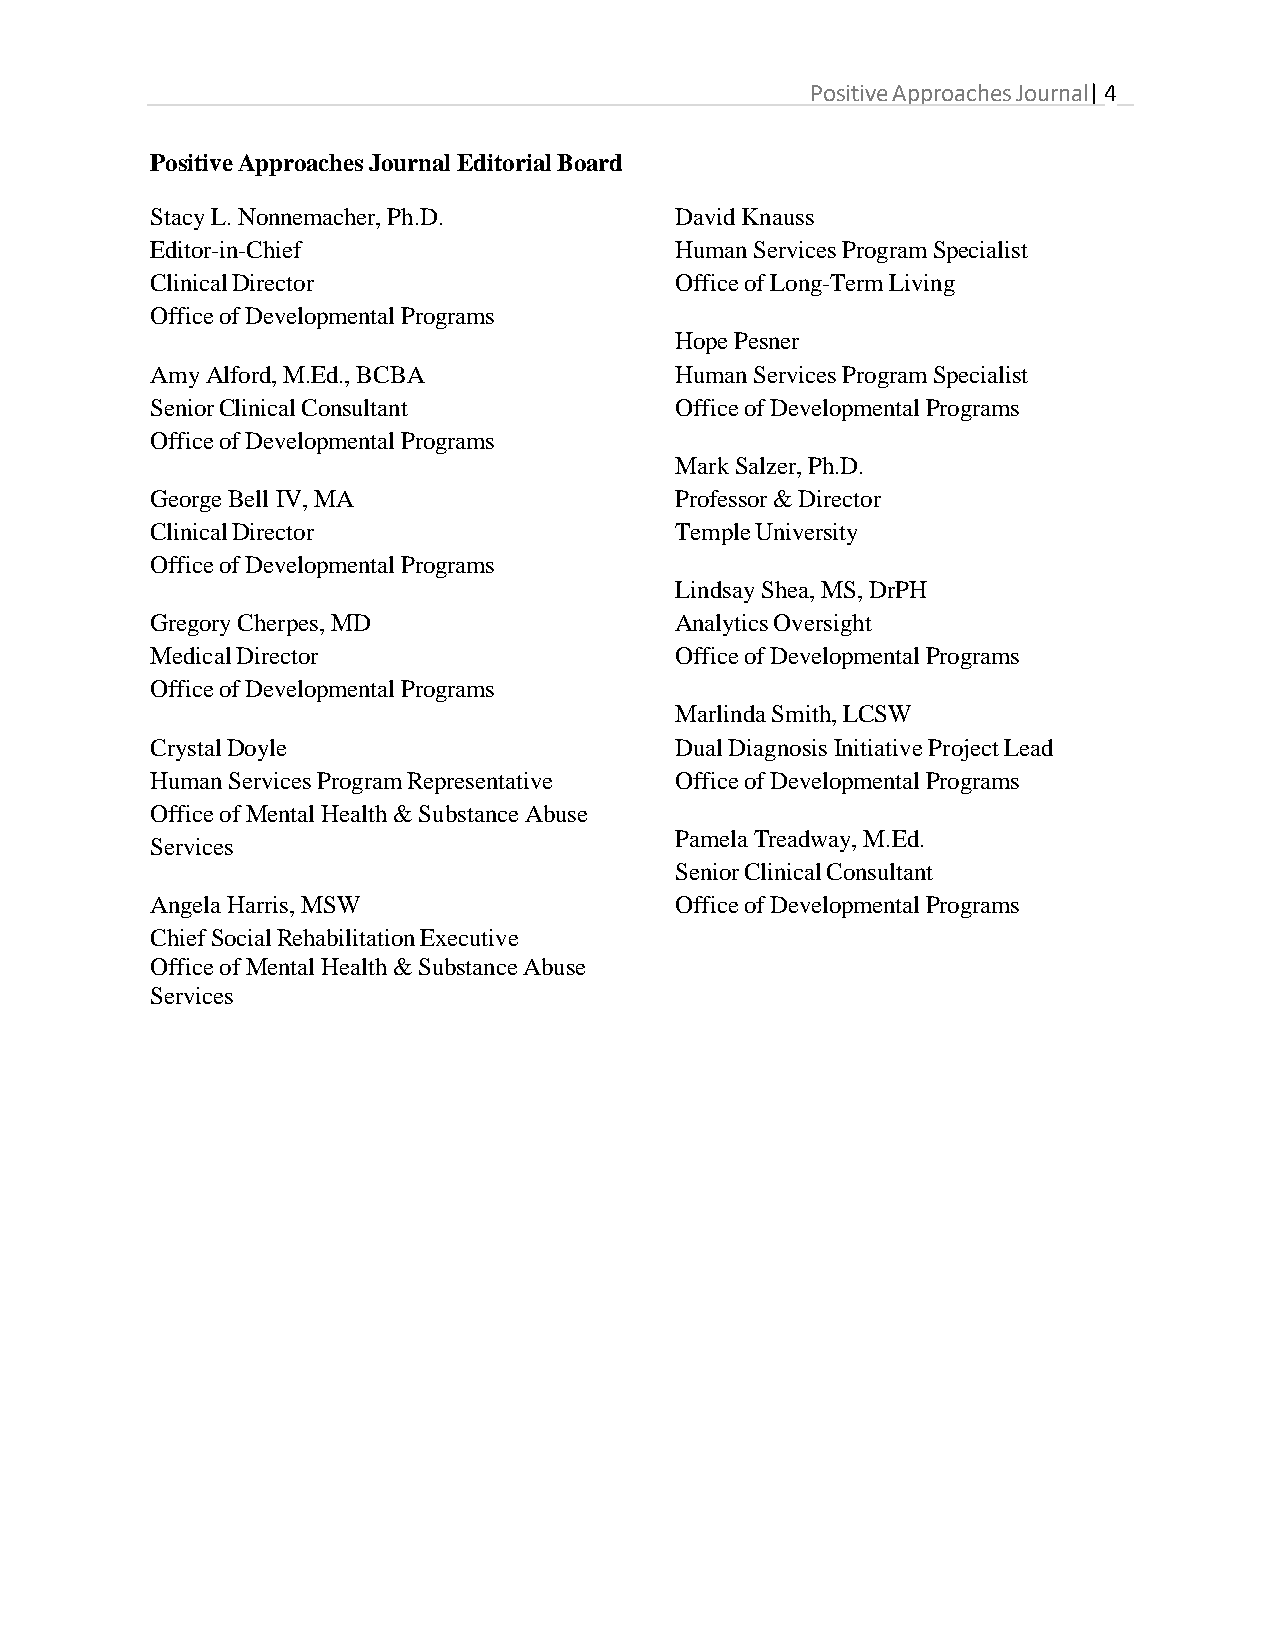
Positive Approaches Journal| 4
 Positive Approaches Journal Editorial Board
 Stacy L. Nonnemacher, Ph.D.        David Knauss
 Editor-in-Chief                    Human Services Program Specialist
 Clinical Director                  Office of Long-Term Living
 Office of Developmental Programs
 Hope Pesner
 Amy Alford, M.Ed., BCBA            Human Services Program Specialist
 Senior Clinical Consultant         Office of Developmental Programs
 Office of Developmental Programs
 Mark Salzer, Ph.D.
 George Bell IV, MA                 Professor & Director
 Clinical Director                  Temple University
 Office of Developmental Programs
 Lindsay Shea, MS, DrPH
 Gregory Cherpes, MD                Analytics Oversight
 Medical Director                   Office of Developmental Programs
 Office of Developmental Programs
 Marlinda Smith, LCSW
 Crystal Doyle                      Dual Diagnosis Initiative Project Lead
 Human Services Program Representative Office of Developmental Programs
 Office of Mental Health & Substance Abuse
 Pamela Treadway, M.Ed.
 Services
 Senior Clinical Consultant
 Angela Harris, MSW                 Office of Developmental Programs
 Chief Social Rehabilitation Executive
 Office of Mental Health & Substance Abuse
 Services